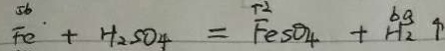
F e + H _ { 2 } S O _ { 4 } = F e S O _ { 4 } + H _ { 2 } \uparrow